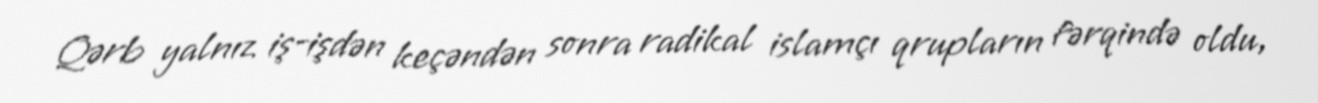
Qərb yalnız iş-işdən keçəndən sonra radikal islamçı qrupların fərqində oldu,